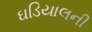
ઘડિયાલની